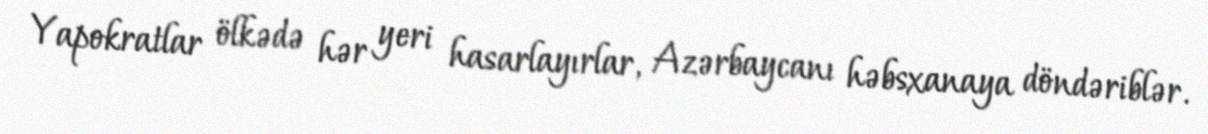
Yapokratlar ölkədə hər yeri hasarlayırlar, Azərbaycanı həbsxanaya döndəriblər.